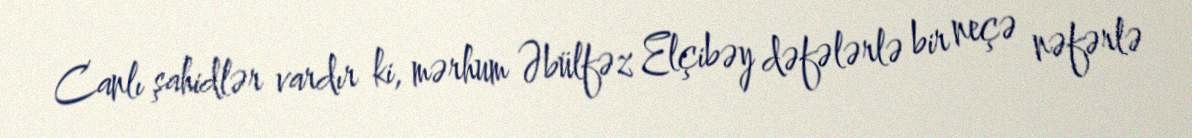
Canlı şahidlər vardır ki, mərhum Əbülfəz Elçibəy dəfələrlə bir neçə nəfərlə